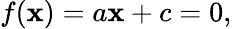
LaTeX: f(\mathbf{x})=a\mathbf{x}+c=0,